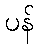
ပန်